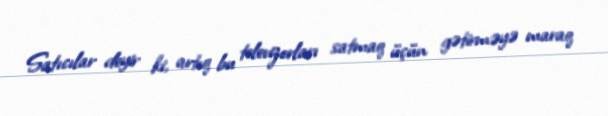
Satıcılar deyir ki, artıq bu televizorları satmaq üçün gətirməyə maraq